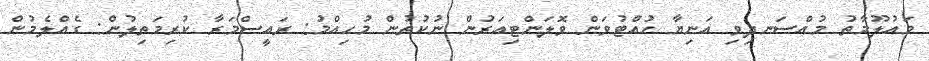
މައުލޫމާތު މުއްސަނދިވި އަނިޔާ ހުއްޓުވަން ވޮލަންޓިއަރުން ނުކުތުން މުހިއްމު: ރައީސްމަރާ ކުރިމަތިލުން: ގެއްލެމުން